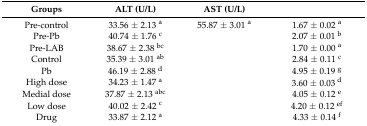
<table><thead><tr><td><b>Groups</b></td><td><b>ALT (U/L)</b></td><td><b>AST (U/L)</b></td><td>[EMPTY_CELL]</td></tr></thead><tbody><tr><td>Pre-control</td><td>33.56 ± 2.13 <sup>a</sup></td><td>55.87 ± 3.01 <sup>a</sup></td><td>1.67 ± 0.02 <sup>a</sup></td></tr><tr><td>Pre-Pb</td><td>40.74 ± 1.76 <sup>c</sup></td><td>[EMPTY_CELL]</td><td>2.07 ± 0.01 <sup>b</sup></td></tr><tr><td>Pre-LAB</td><td>38.67 ± 2.38 <sup>bc</sup></td><td>[EMPTY_CELL]</td><td>1.70 ± 0.00 <sup>a</sup></td></tr><tr><td>Control</td><td>35.39 ± 3.01 <sup>ab</sup></td><td>[EMPTY_CELL]</td><td>2.84 ± 0.11 <sup>c</sup></td></tr><tr><td>Pb</td><td>46.19 ± 2.88 <sup>d</sup></td><td>[EMPTY_CELL]</td><td>4.95 ± 0.19 <sup>g</sup></td></tr><tr><td>High dose</td><td>34.23 ± 1.47 <sup>a</sup></td><td>[EMPTY_CELL]</td><td>3.60 ± 0.03 <sup>d</sup></td></tr><tr><td>Medial dose</td><td>37.87 ± 2.13 <sup>abc</sup></td><td>[EMPTY_CELL]</td><td>4.05 ± 0.12 <sup>e</sup></td></tr><tr><td>Low dose</td><td>40.02 ± 2.42 <sup>c</sup></td><td>[EMPTY_CELL]</td><td>4.20 ± 0.12 <sup>ef</sup></td></tr><tr><td>Drug</td><td>33.87 ± 2.12 <sup>a</sup></td><td>[EMPTY_CELL]</td><td>4.33 ± 0.14 <sup>f</sup></td></tr></tbody></table>